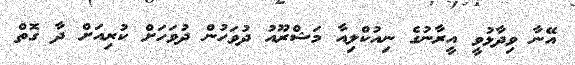
އޭނާ ވިދާޅުވީ އީރާނުގެ ނިއުކްލިއާ މަޝްރޫއު ދުވަހުން ދުވަހަށް ކުރިއަށް ދާ ގޮތް